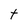
Character: t